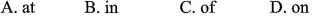
A. at B.In C.of D. on